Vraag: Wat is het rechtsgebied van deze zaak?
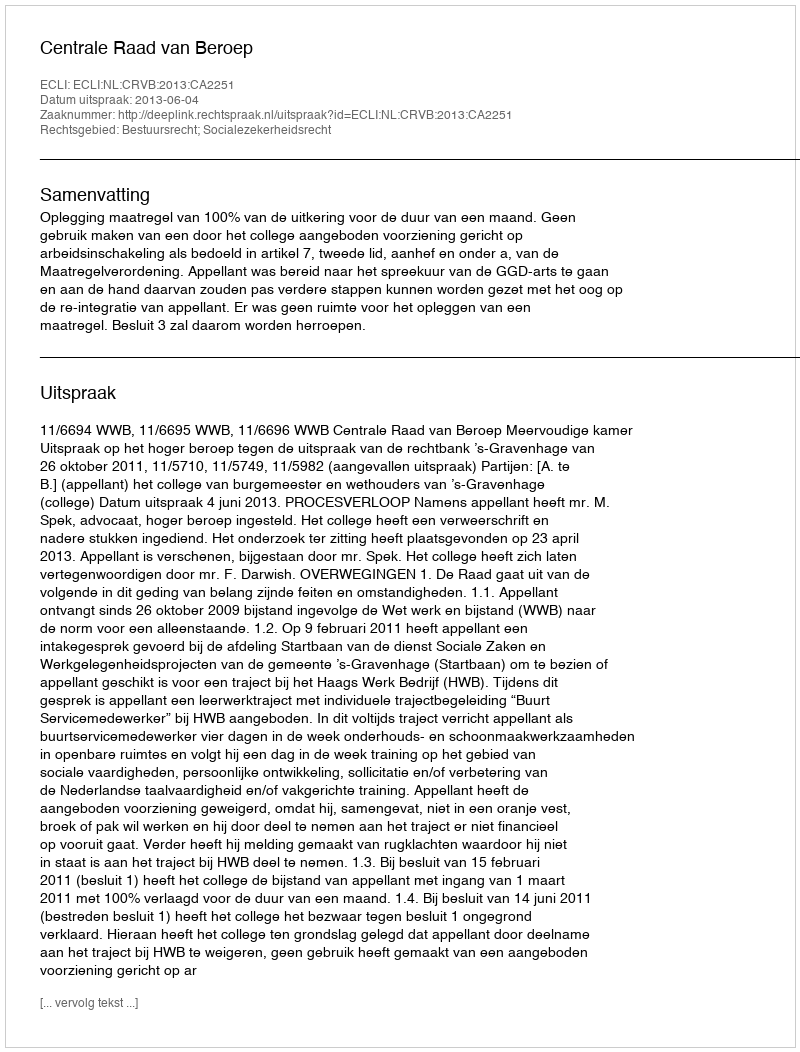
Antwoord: Bestuursrecht; Socialezekerheidsrecht